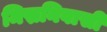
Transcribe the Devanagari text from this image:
मिस्रनिवासी